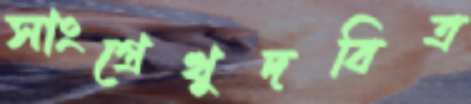
সাংগ্রেখুদবিত্র